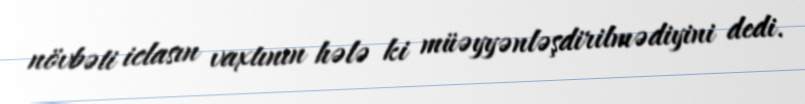
növbəti iclasın vaxtının hələ ki müəyyənləşdirilmədiyini dedi.